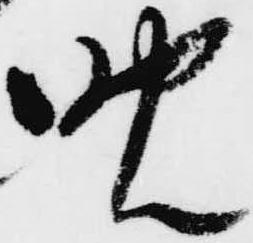
晩